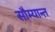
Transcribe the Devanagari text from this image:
सौम्यान्त